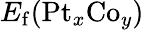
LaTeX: E_{\mathrm{f}}(\mathrm{Pt}_{x}\mathrm{Co}_{y})